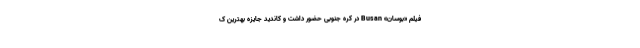
فیلم «بوسان» Busan در کره جنوبی حضور داشت و کاندید جایزه بهترین ک